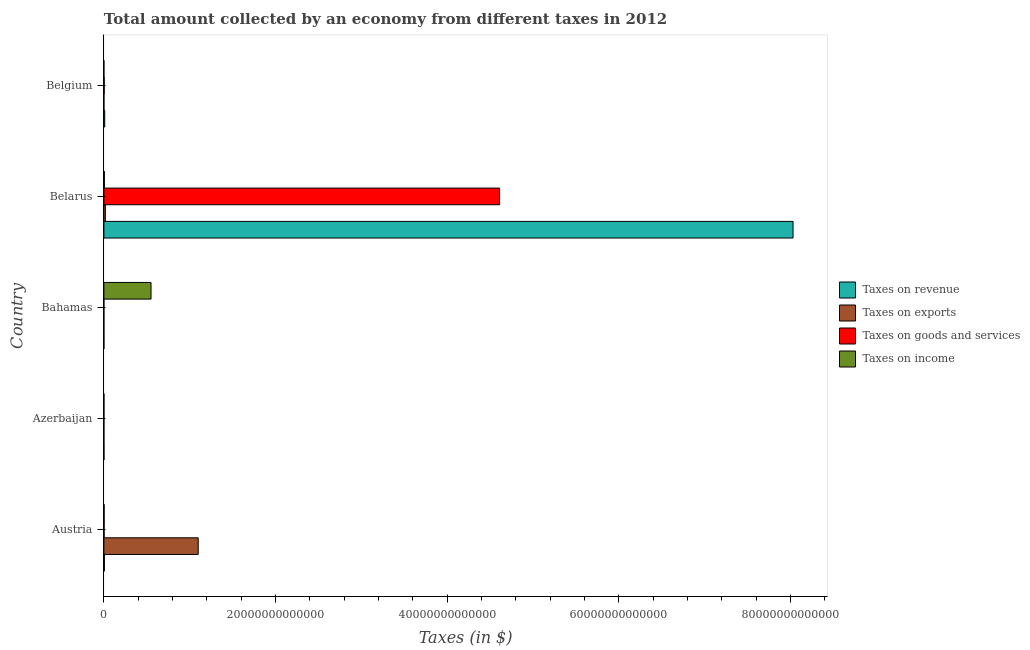
| Country | Taxes on revenue | Taxes on exports | Taxes on goods and services | Taxes on income |
 | --- | --- | --- | --- | --- |
 | Austria | 5.79e+10 | 1.1e+13 | 2.54e+10 | 2.7e+10 |
 | Azerbaijan | 7e+09 | 4.79e+08 | 3.08e+09 | 3.07e+09 |
 | Bahamas | 1.28e+09 | 2.26e+06 | 2.09e+08 | 5.49e+12 |
 | Belarus | 8.03e+13 | 1.69e+11 | 4.61e+13 | 5.65e+10 |
 | Belgium | 9.65e+10 | 2.23e+09 | 3.81e+10 | 2.42e+08 |